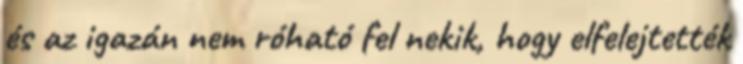
és az igazán nem róható fel nekik, hogy elfelejtették